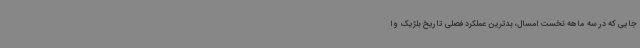
جایی که در سه ماهه نخست امسال، بدترین عملکرد فصلی تاریخ بلژیک و ا